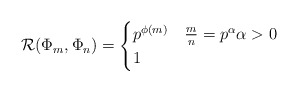
\begin{align*} \mathcal{R}(\Phi_m, \Phi_n) = \begin{cases} p^{\phi(m)} & \frac{m}{n} = p^{\alpha} \alpha > 0\\ 1 &\end{cases}\end{align*}